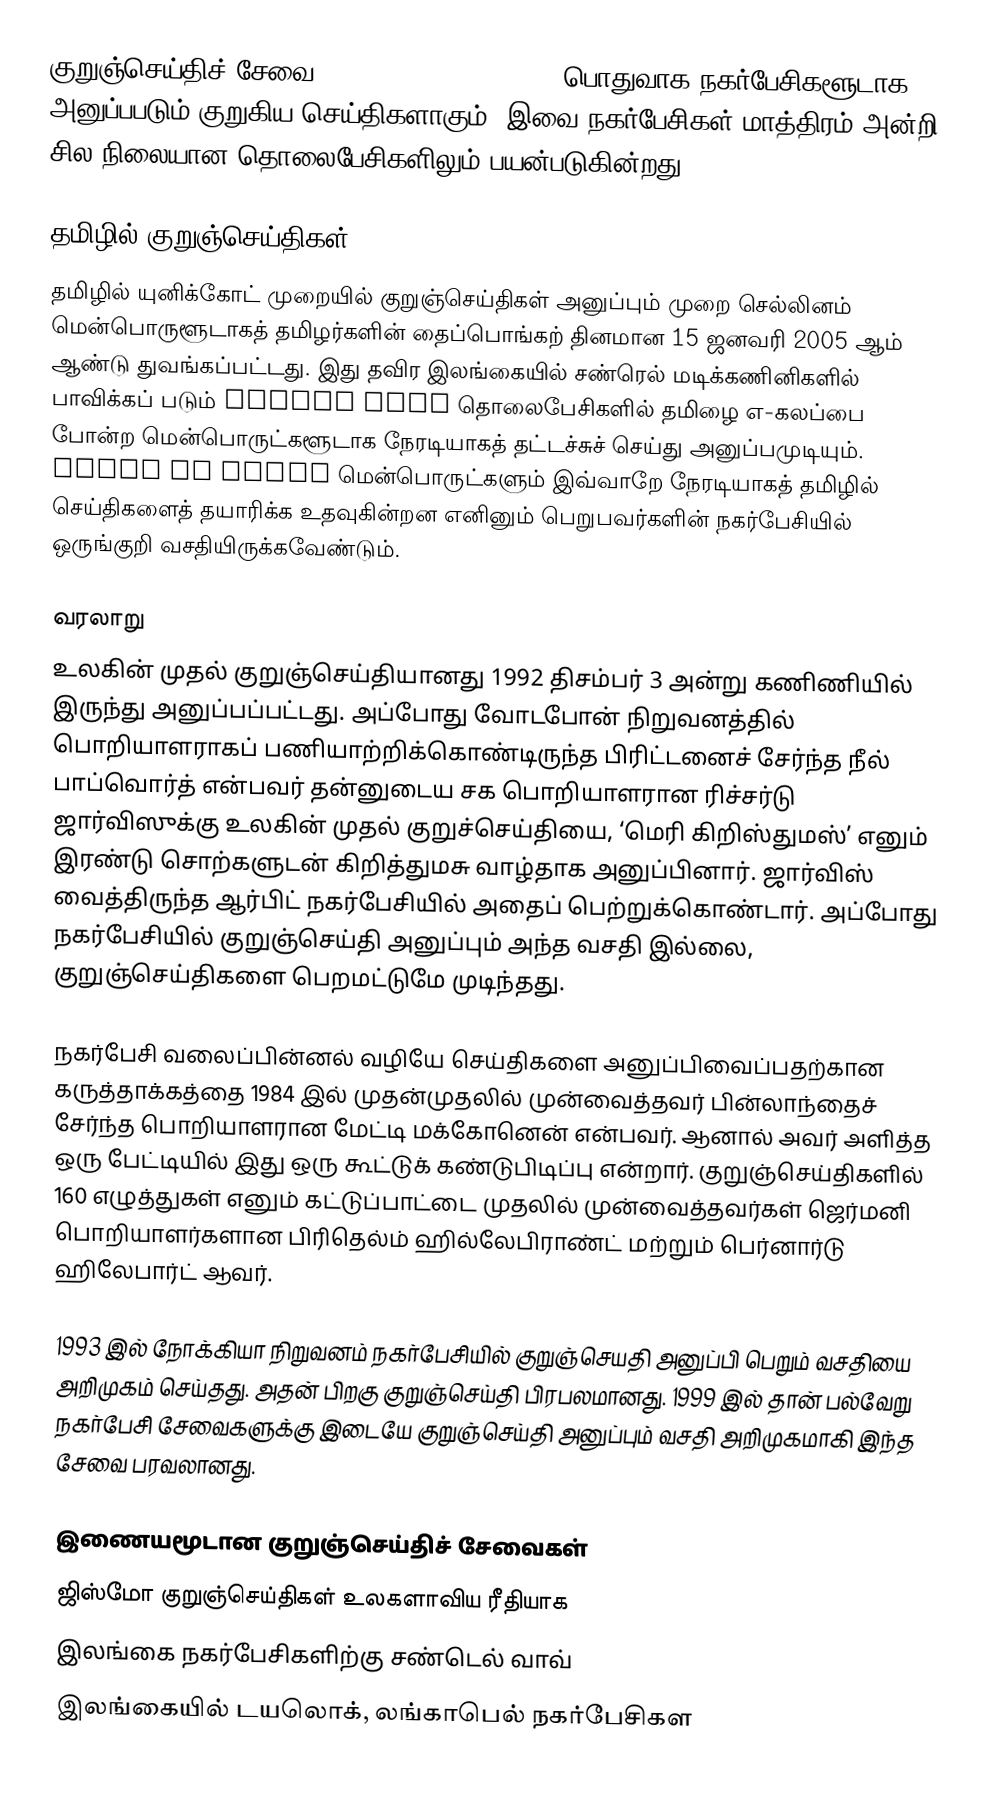
குறுஞ்செய்திச் சேவை (Short Message Service) பொதுவாக நகர்பேசிகளூடாக அனுப்பபடும் குறுகிய செய்திகளாகும். இவை நகர்பேசிகள் மாத்திரம் அன்றி சில நிலையான தொலைபேசிகளிலும் பயன்படுகின்றது.

தமிழில் குறுஞ்செய்திகள்
தமிழில் யுனிக்கோட் முறையில் குறுஞ்செய்திகள் அனுப்பும் முறை செல்லினம் மென்பொருளூடாகத் தமிழர்களின் தைப்பொங்கற் தினமான 15 ஜனவரி 2005 ஆம் ஆண்டு துவங்கப்பட்டது. இது தவிர இலங்கையில் சண்ரெல் மடிக்கணினிகளில் பாவிக்கப் படும் PCMCIA CDMA தொலைபேசிகளில் தமிழை எ-கலப்பை போன்ற மென்பொருட்களூடாக நேரடியாகத் தட்டச்சுச் செய்து அனுப்பமுடியும். Nokia PC Suite மென்பொருட்களும் இவ்வாறே நேரடியாகத் தமிழில் செய்திகளைத் தயாரிக்க உதவுகின்றன எனினும் பெறுபவர்களின் நகர்பேசியில் ஒருங்குறி வசதியிருக்கவேண்டும்.

வரலாறு
உலகின் முதல் குறுஞ்செய்தியானது 1992 திசம்பர் 3 அன்று கணிணியில் இருந்து அனுப்பப்பட்டது. அப்போது  வோடபோன் நிறுவனத்தில் பொறியாளராகப் பணியாற்றிக்கொண்டிருந்த பிரிட்டனைச் சேர்ந்த நீல் பாப்வொர்த் என்பவர் தன்னுடைய சக பொறியாளரான ரிச்சர்டு ஜார்விஸுக்கு உலகின் முதல் குறுச்செய்தியை, ‘மெரி கிறிஸ்துமஸ்’ எனும் இரண்டு சொற்களுடன் கிறித்துமசு வாழ்தாக அனுப்பினார். ஜார்விஸ் வைத்திருந்த ஆர்பிட் நகர்பேசியில் அதைப் பெற்றுக்கொண்டார். அப்போது நகர்பேசியில் குறுஞ்செய்தி அனுப்பும் அந்த வசதி இல்லை, குறுஞ்செய்திகளை பெறமட்டுமே முடிந்தது.

நகர்பேசி வலைப்பின்னல் வழியே செய்திகளை அனுப்பிவைப்பதற்கான கருத்தாக்கத்தை 1984 இல் முதன்முதலில் முன்வைத்தவர் பின்லாந்தைச் சேர்ந்த பொறியாளரான மேட்டி மக்கோனென் என்பவர். ஆனால் அவர் அளித்த ஒரு பேட்டியில் இது ஒரு கூட்டுக் கண்டுபிடிப்பு என்றார். குறுஞ்செய்திகளில் 160 எழுத்துகள் எனும் கட்டுப்பாட்டை முதலில் முன்வைத்தவர்கள் ஜெர்மனி பொறியாளர்களான பிரிதெல்ம் ஹில்லேபிராண்ட் மற்றும் பெர்னார்டு ஹிலேபார்ட் ஆவர்.

1993 இல் நோக்கியா நிறுவனம் நகர்பேசியில் குறுஞ்செயதி அனுப்பி பெறும் வசதியை அறிமுகம் செய்தது. அதன் பிறகு குறுஞ்செய்தி பிரபலமானது. 1999 இல் தான் பல்வேறு நகர்பேசி சேவைகளுக்கு இடையே குறுஞ்செய்தி அனுப்பும் வசதி அறிமுகமாகி இந்த சேவை பரவலானது.

இணையமூடான குறுஞ்செய்திச் சேவைகள்
 ஜிஸ்மோ குறுஞ்செய்திகள்  உலகளாவிய ரீதியாக
 இலங்கை நகர்பேசிகளிற்கு சண்டெல் வாவ்
 இலங்கையில் டயலொக், லங்காபெல் நகர்பேசிகள